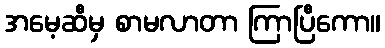
အမေ့ဆီမှ စာမလာတာ ကြာပြီကော။